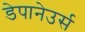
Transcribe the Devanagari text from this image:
डेपानेउर्स